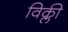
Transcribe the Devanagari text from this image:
विक्ली